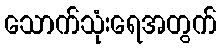
သောက်သုံးရေအတွက်